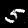
Label: 5